Document type: Sale
Year: 1326
Scribe: Bartomeu Marc
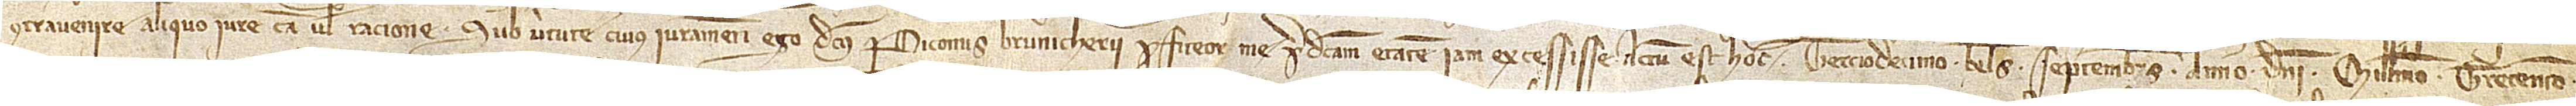
contravenire aliquo iure, causa vel ratione. Sub virtute cuius iuramenti ego dictus Periconus Brunicherii profiteor me predictam etatem excessisse.  Actum est hoc terciodecimo kalendas septembris, anno Domini millesimo trecentesimo